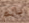
بالم